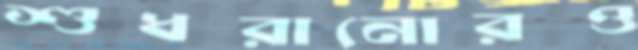
শুধরানোরও